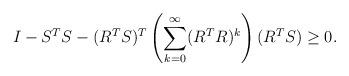
LaTeX: \begin{align*}I- S^T S - (R^T S)^T\left(\sum^{\infty}_{k=0}(R^T R)^k \right) (R^T S) \geq 0.\end{align*}